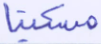
مسكينا